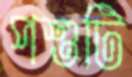
পশুটি